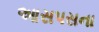
આસપસના